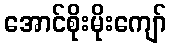
အောင်စိုးမိုးကျော်